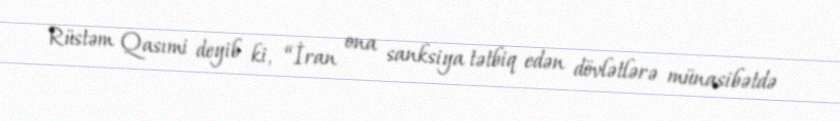
Rüstəm Qasımi deyib ki, “İran ona sanksiya tətbiq edən dövlətlərə münasibətdə